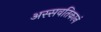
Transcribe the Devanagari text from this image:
अस्सवतिकानं